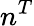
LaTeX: n^{T}